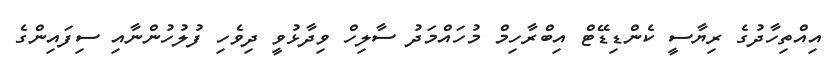
އިއްތިހާދުގެ ރިޔާސީ ކެންޑިޑޭޓް އިބްރާހިމް މުހައްމަދު ސާލިހް ވިދާޅުވީ ދިވެހި ފުލުހުންނާއި ސިފައިންގެ